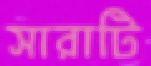
সারাটি